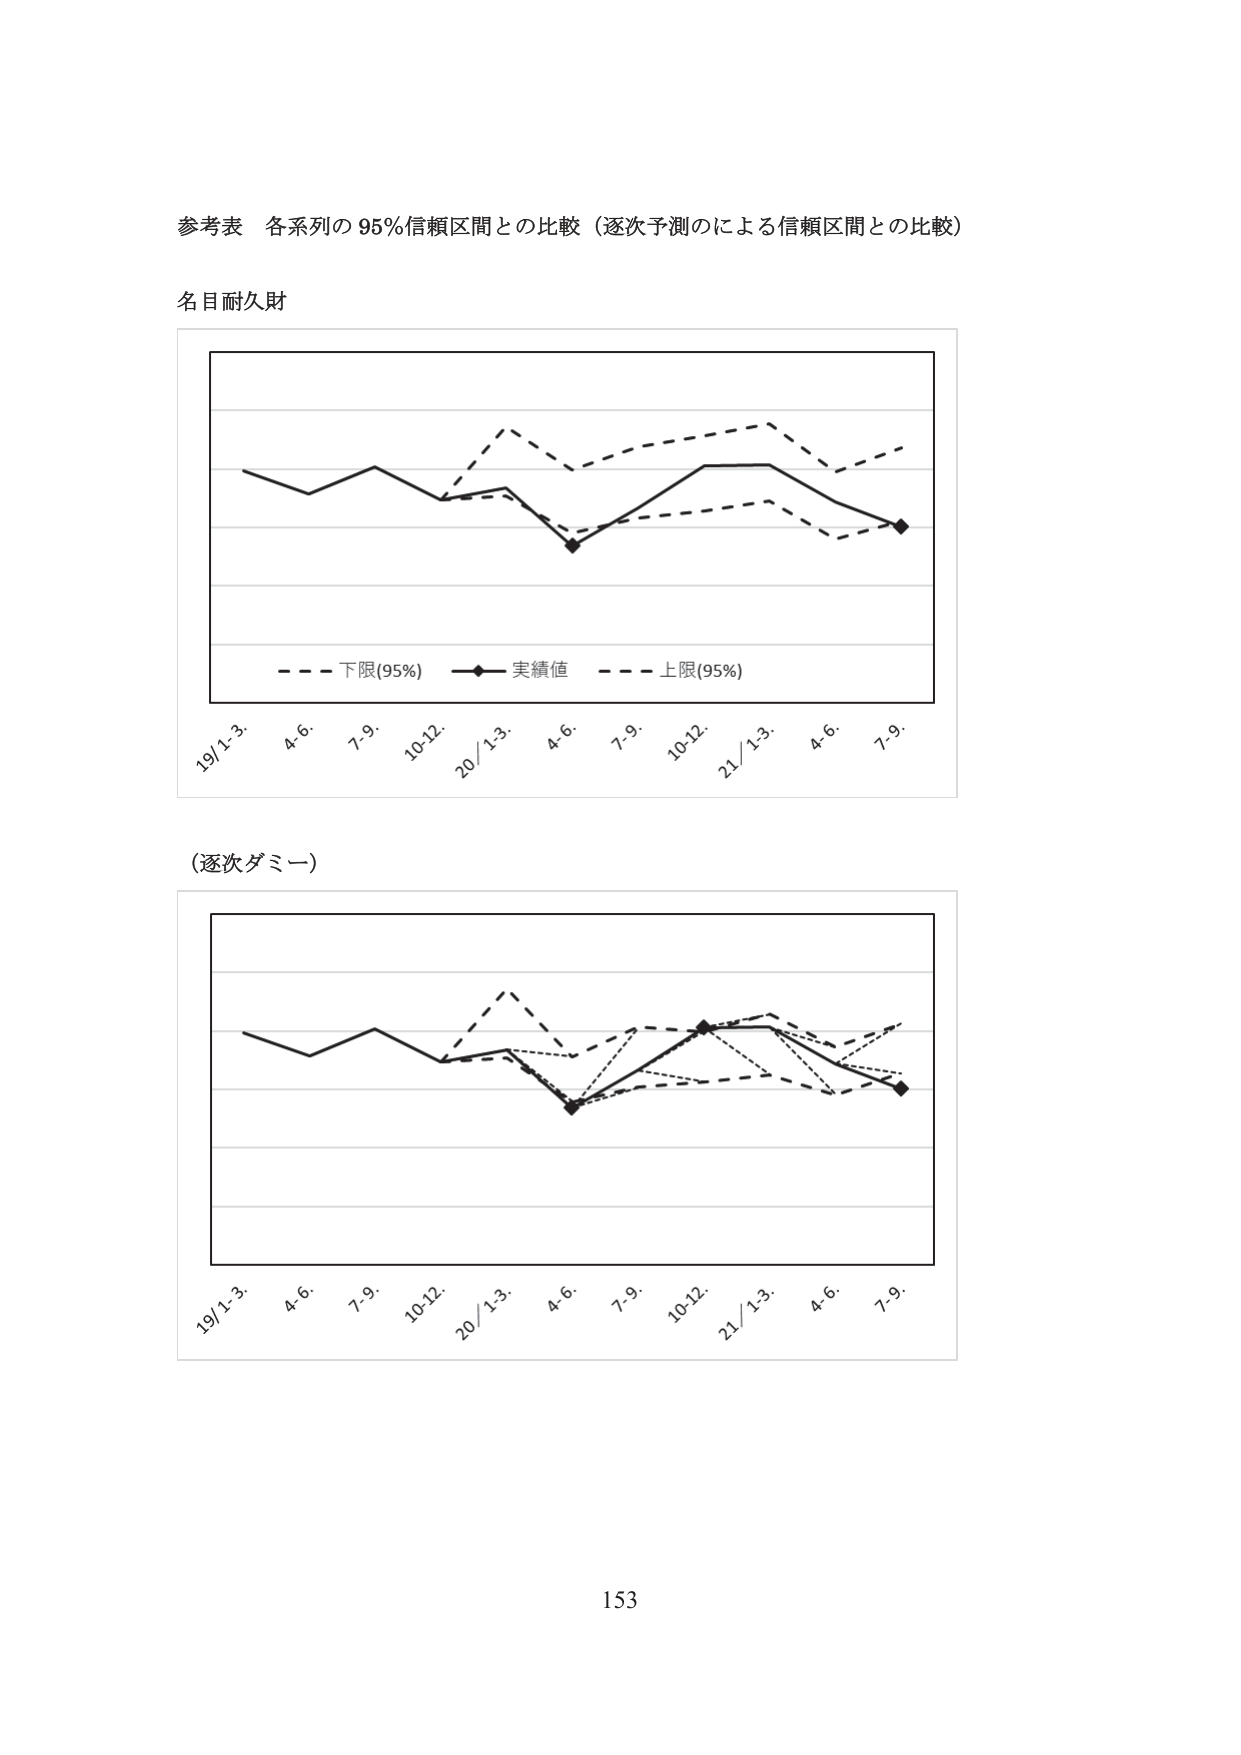
参考表 各系列の95%信頼区間との比較（逐次予測のによる信頼区間との比較）

名目耐久財

- - - 下限(95%) —◆— 実績値 - - - 上限(95%)

19/1-3. 4-6. 7-9. 10-12. 20/1-3. 4-6. 7-9. 10-12. 21/1-3. 4-6. 7-9.

（逐次ダミー）

19/1-3. 4-6. 7-9. 10-12. 20/1-3. 4-6. 7-9. 10-12. 21/1-3. 4-6. 7-9.

153